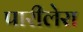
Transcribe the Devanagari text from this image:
पारीलेरा